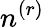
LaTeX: n^{(r)}